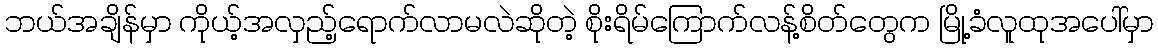
ဘယ်အချိန်မှာ ကိုယ့်အလှည့်ရောက်လာမလဲဆိုတဲ့ စိုးရိမ်ကြောက်လန့်စိတ်တွေက မြို့ခံလူထုအပေါ်မှာ